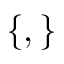
\{ , \}